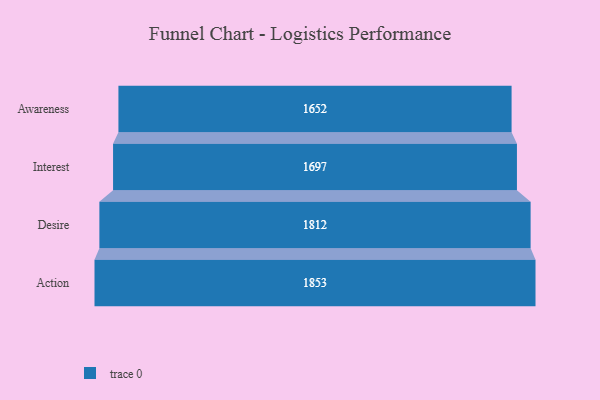
{"axis": {"x": "Stage", "y": "Value"}, "legend": [""], "data": [{"x": "Awareness", "y": 1652.0, "type": ""}, {"x": "Interest", "y": 1697.0, "type": ""}, {"x": "Desire", "y": 1812.0, "type": ""}, {"x": "Action", "y": 1853.0, "type": ""}]}